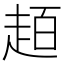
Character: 𧻙